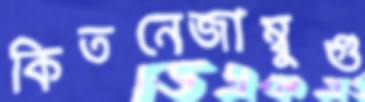
কিতনেজাম্বুগু